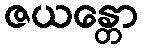
ဇယန္တော